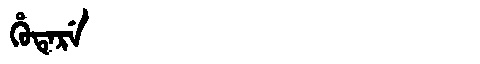
Manchu: ᡥᡠᡨᡝᡵᡝ
Romanization: HUTERE